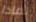
لماذا